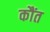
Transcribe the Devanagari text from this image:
कौंत